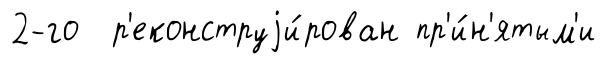
2-го р'еконструjи́рован пр'и́н'ятым'и